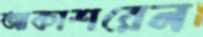
আকাশরেল